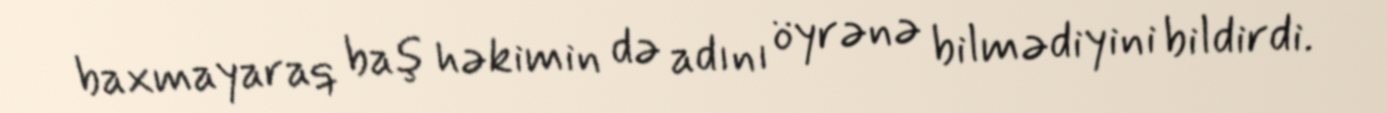
baxmayaraq baş həkimin də adını öyrənə bilmədiyini bildirdi.